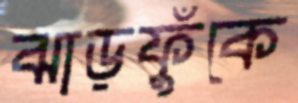
ঝাড়ফুঁকে